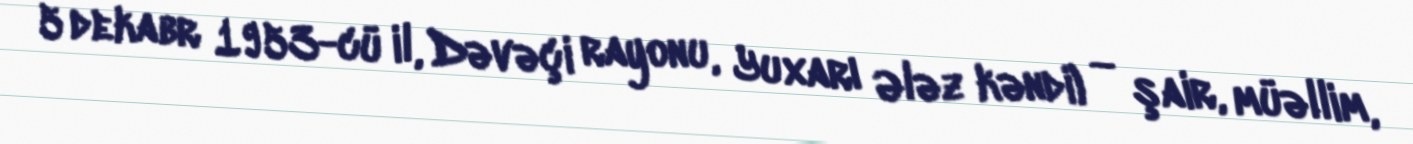
5 dekabr 1953-cü il, Dəvəçi rayonu, Yuxarı Ələz kəndi) — şair, müəllim,